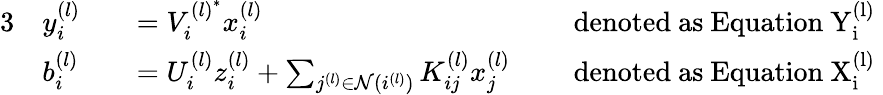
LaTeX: \begin{array}{rlrlrl}{{3}}&{y_{i}^{(l)}}&&{=V_{i}^{{(l)}^{*}}x_{i}^{(l)}}&&{\mathrm{~denoted~as~Equation~\mathrm{Y}_{i}^{(l)}~}}\\ &{b_{i}^{(l)}}&&{=U_{i}^{(l)}z_{i}^{(l)}+\sum_{j^{(l)}\in\mathcal{N}(i^{(l)})}K_{ij}^{(l)}x_{j}^{(l)}}&&{\mathrm{~denoted~as~Equation~\mathrm{X}_{i}^{(l)}~}}\end{array}